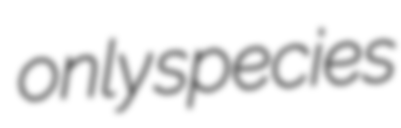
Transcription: only species